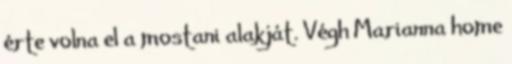
érte volna el a mostani alakját. Végh Marianna home